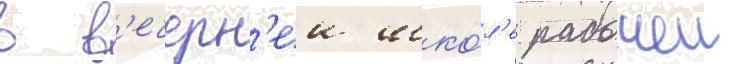
в в'ечерн'еи шко́л'е рабочеи